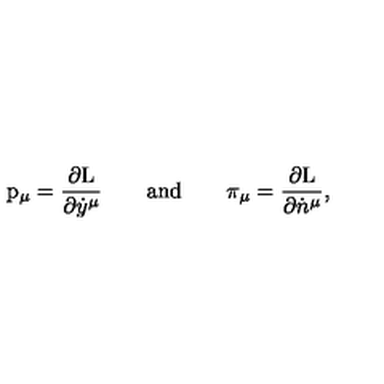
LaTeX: \mathrm { p } _ { \mu } = \frac { \partial \mathrm { L } } { \partial \dot { y } ^ { \mu } } \qquad \mathrm { a n d } \qquad \pi _ { \mu } = \frac { \partial \mathrm { L } } { \partial \dot { n } ^ { \mu } } ,